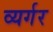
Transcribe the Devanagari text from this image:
व्यर्गर